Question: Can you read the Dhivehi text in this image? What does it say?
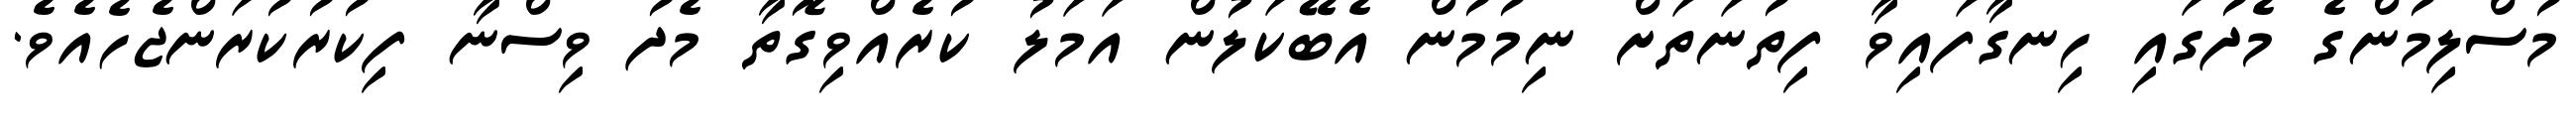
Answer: މުސްލިމުންގެ މެދުގައި ހިނގާފައިވާ ފިތުނަތަށް ނިމުމުން އެބޭކަލުން އަމަލު ކުރެއްވިގޮތާ މެދު ވިސްނާ ފިކުރުކުރަންޖެހެއެވެ.